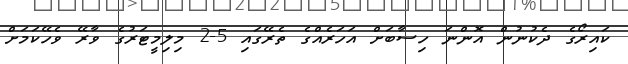
ކައިރޯގެ ދެކުނުން އޮންނަ ހިސާބަށް އަހަރެއްގެ ތެރޭގައި 5-2 މިލިމީޓަރުގެ ވާރޭ ވެހޭކަމަށް